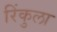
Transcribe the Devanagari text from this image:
रिंकुला